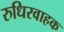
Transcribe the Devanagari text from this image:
रुधिरवाहक